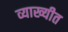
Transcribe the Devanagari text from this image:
व्याख्यीत